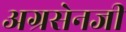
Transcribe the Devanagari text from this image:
अग्रसेनजी